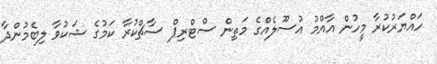
ހައްޔަރުކުރާ މީހުން އާއްމު އުސޫލެއްގެ މަތިން ސްޓްރިޕް ސާޗްކުރާ ކަމުގެ ޝަކުވާ ލިބެމުންދާ